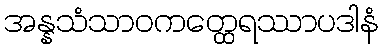
အန္နသံသာဝကတ္ထေရဿာပဒါနံ